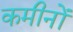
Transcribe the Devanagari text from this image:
कमीनों